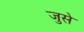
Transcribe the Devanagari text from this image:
जुसे